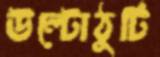
উল্টোঠুটি